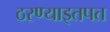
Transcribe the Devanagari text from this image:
ठरण्याइतपत